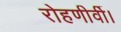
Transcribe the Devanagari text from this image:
रोहणीर्वी।